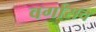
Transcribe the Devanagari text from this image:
वर्गासच